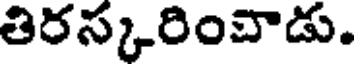
తిరస్కరించాడు.